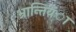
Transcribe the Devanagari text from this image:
भ्रान्तियंा